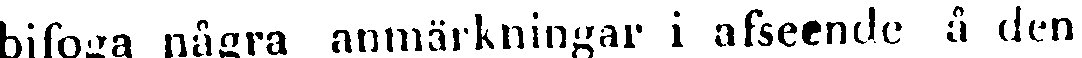
bifoga några anmärkningar i afseende å den